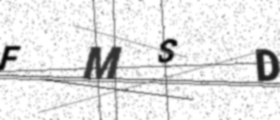
Text: FMSD